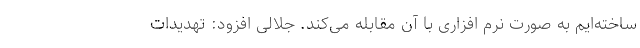
ساخته‌ایم به صورت نرم افزاری با آن مقابله می‌کند. جلالی افزود: تهدیدات